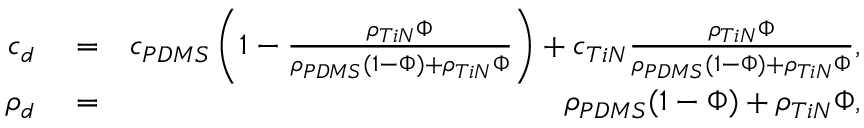
\begin{array} { r l r } { c _ { d } } & { { } = } & { c _ { P D M S } \left( 1 - \frac { \rho _ { T i N } \Phi } { \rho _ { P D M S } ( 1 - \Phi ) + \rho _ { T i N } \Phi } \right) + c _ { T i N } \frac { \rho _ { T i N } \Phi } { \rho _ { P D M S } ( 1 - \Phi ) + \rho _ { T i N } \Phi } , } \\ { \rho _ { d } } & { { } = } & { \rho _ { P D M S } ( 1 - \Phi ) + \rho _ { T i N } \Phi , } \end{array}